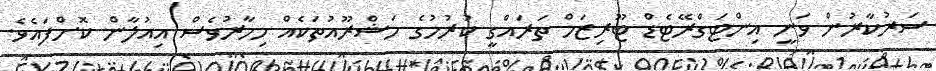
ސަރުކާރުން ވަނީ އިންޓަގްރޭޓެޑް ޓޫރިޒަމް ތަރައްގީ ކުރުމުގެ މަޝްރޫއުތަކެއް މިހާރުވެސް އިއުލާން ކޮށްފައެވެ.